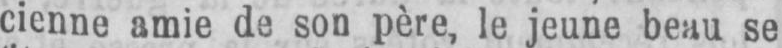
cienne amie de son père, le jeune beau se